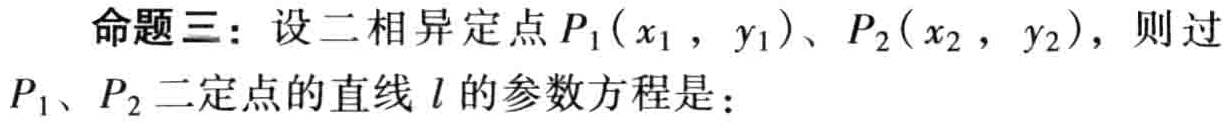
命题三：设二相异定点\(P_1(x_1,y_1)\)、\(P_2(x_2,y_2)\)，则过\(P_1\)、\(P_2\)二定点的直线\(l\)的参数方程是：